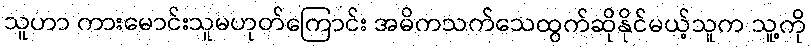
သူဟာ ကားမောင်းသူမဟုတ်ကြောင်း အဓိကသက်သေထွက်ဆိုနိုင်မယ့်သူက သူ့ကို